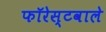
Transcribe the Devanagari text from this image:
फॉरेस्टवाले